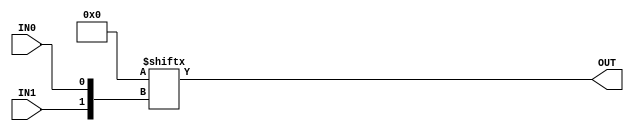
`timescale 1ns/1ps

module GP_2LUT(input IN0, IN1, output OUT);
	parameter [3:0] INIT = 0;
	assign OUT = INIT[{IN1, IN0}];
endmodule

module GP_3LUT(input IN0, IN1, IN2, output OUT);
	parameter [7:0] INIT = 0;
	assign OUT = INIT[{IN2, IN1, IN0}];
endmodule

module GP_4LUT(input IN0, IN1, IN2, IN3, output OUT);
	parameter [15:0] INIT = 0;
	assign OUT = INIT[{IN3, IN2, IN1, IN0}];
endmodule

module GP_ABUF(input wire IN, output wire OUT);
	
	assign OUT = IN;
	
	//cannot simulate mixed signal IP
	
endmodule

module GP_ACMP(input wire PWREN, input wire VIN, input wire VREF, output reg OUT);

	parameter BANDWIDTH = "HIGH";
	parameter VIN_ATTEN = 1;
	parameter VIN_ISRC_EN = 0;
	parameter HYSTERESIS = 0;
	
	initial OUT = 0;
	
	//cannot simulate mixed signal IP

endmodule

module GP_BANDGAP(output reg OK, output reg VOUT);
	parameter AUTO_PWRDN = 1;
	parameter CHOPPER_EN = 1;
	parameter OUT_DELAY = 100;
	
	//cannot simulate mixed signal IP
	
endmodule

module GP_COUNT8(input CLK, input wire RST, output reg OUT);

	parameter RESET_MODE 	= "RISING";	
	
	parameter COUNT_TO		= 8'h1;
	parameter CLKIN_DIVIDE	= 1;
	
	//more complex hard IP blocks are not supported for simulation yet
	
	reg[7:0] count = COUNT_TO;
	
	//Combinatorially output whenever we wrap low
	always @(*) begin
		OUT <= (count == 8'h0);
	end
	
	//POR or SYSRST reset value is COUNT_TO. Datasheet is unclear but conversations w/ Silego confirm.
	//Runtime reset value is clearly 0 except in count/FSM cells where it's configurable but we leave at 0 for now.
	//Datasheet seems to indicate that reset is asynchronous, but for now we model as sync due to Yosys issues...
	always @(posedge CLK) begin
		
		count		<= count - 1'd1;
		
		if(count == 0)
			count	<= COUNT_TO;
			
		/*
		if((RESET_MODE == "RISING") && RST)
			count	<= 0;
		if((RESET_MODE == "FALLING") && !RST)
			count	<= 0;
		if((RESET_MODE == "BOTH") && RST)
			count	<= 0;
		*/			
	end

endmodule

module GP_COUNT14(input CLK, input wire RST, output reg OUT);

	parameter RESET_MODE 	= "RISING";	
	
	parameter COUNT_TO		= 14'h1;
	parameter CLKIN_DIVIDE	= 1;
	
	//more complex hard IP blocks are not supported for simulation yet

endmodule

module GP_DELAY(input IN, output reg OUT);
	
	parameter DELAY_STEPS = 1;
	
	//TODO: additional delay/glitch filter mode
	
	initial OUT = 0;
	
	generate
		
		//TODO: These delays are PTV dependent! For now, hard code 3v3 timing
		//Change simulation-mode delay depending on global Vdd range (how to specify this?)
		always @(*) begin
			case(DELAY_STEPS)
				1: #166 OUT = IN;
				2: #318 OUT = IN;
				2: #471 OUT = IN;
				3: #622 OUT = IN;
				default: begin
					$display("ERROR: GP_DELAY must have DELAY_STEPS in range [1,4]");
					$finish;
				end
			endcase
		end
		
	endgenerate
	
endmodule

module GP_DFF(input D, CLK, output reg Q);
	parameter [0:0] INIT = 1'bx;
	initial Q = INIT;
	always @(posedge CLK) begin
		Q <= D;
	end
endmodule

module GP_DFFR(input D, CLK, nRST, output reg Q);
	parameter [0:0] INIT = 1'bx;
	initial Q = INIT;
	always @(posedge CLK, negedge nRST) begin
		if (!nRST)
			Q <= 1'b0;
		else
			Q <= D;
	end
endmodule

module GP_DFFS(input D, CLK, nSET, output reg Q);
	parameter [0:0] INIT = 1'bx;
	initial Q = INIT;
	always @(posedge CLK, negedge nSET) begin
		if (!nSET)
			Q <= 1'b1;
		else
			Q <= D;
	end
endmodule

module GP_DFFSR(input D, CLK, nSR, output reg Q);
	parameter [0:0] INIT = 1'bx;
	parameter [0:0] SRMODE = 1'bx;
	initial Q = INIT;
	always @(posedge CLK, negedge nSR) begin
		if (!nSR)
			Q <= SRMODE;
		else
			Q <= D;
	end
endmodule

module GP_IBUF(input IN, output OUT);
	assign OUT = IN;
endmodule

module GP_IOBUF(input IN, input OE, output OUT, inout IO);
	assign OUT = IO;
	assign IO = OE ? IN : 1'bz;
endmodule

module GP_INV(input IN, output OUT);
	assign OUT = ~IN;
endmodule

module GP_LFOSC(input PWRDN, output reg CLKOUT);
	
	parameter PWRDN_EN = 0;
	parameter AUTO_PWRDN = 0;
	parameter OUT_DIV = 1;
	
	initial CLKOUT = 0;
	
	//auto powerdown not implemented for simulation
	//output dividers not implemented for simulation
	
	always begin
		if(PWRDN)
			CLKOUT = 0;
		else begin
			//half period of 1730 Hz
			#289017;
			CLKOUT = ~CLKOUT;
		end
	end
	
endmodule

module GP_OBUF(input IN, output OUT);
	assign OUT = IN;
endmodule

module GP_OBUFT(input IN, input OE, output OUT);
	assign OUT = OE ? IN : 1'bz;
endmodule

module GP_PGA(input wire VIN_P, input wire VIN_N, input wire VIN_SEL, output reg VOUT);

	parameter GAIN = 1;
	parameter INPUT_MODE = "SINGLE";

	initial VOUT = 0;

	//cannot simulate mixed signal IP

endmodule

module GP_POR(output reg RST_DONE);
	parameter POR_TIME = 500;
	
	initial begin
		RST_DONE = 0;
		
		if(POR_TIME == 4)
			#4000;
		else if(POR_TIME == 500)
			#500000;
		else begin
			$display("ERROR: bad POR_TIME for GP_POR cell");
			$finish;
		end
		
		RST_DONE = 1;
		
	end
	
endmodule

module GP_RCOSC(input PWRDN, output reg CLKOUT_PREDIV, output reg CLKOUT_FABRIC);
	
	parameter PWRDN_EN = 0;
	parameter AUTO_PWRDN = 0;
	parameter PRE_DIV = 1;
	parameter FABRIC_DIV = 1;
	parameter OSC_FREQ = "25k";
	
	initial CLKOUT_PREDIV = 0;
	initial CLKOUT_FABRIC = 0;
	
	//output dividers not implemented for simulation
	//auto powerdown not implemented for simulation
	
	always begin
		if(PWRDN) begin
			CLKOUT_PREDIV = 0;
			CLKOUT_FABRIC = 0;
		end
		else begin
		
			if(OSC_FREQ == "25k") begin
				//half period of 25 kHz
				#20000;
			end
			
			else begin
				//half period of 2 MHz
				#250;
			end
			
			CLKOUT_PREDIV = ~CLKOUT_PREDIV;
			CLKOUT_FABRIC = ~CLKOUT_FABRIC;
		end
	end
	
endmodule

module GP_RINGOSC(input PWRDN, output reg CLKOUT_PREDIV, output reg CLKOUT_FABRIC);
	
	parameter PWRDN_EN = 0;
	parameter AUTO_PWRDN = 0;
	parameter PRE_DIV = 1;
	parameter FABRIC_DIV = 1;
	
	initial CLKOUT_PREDIV = 0;
	initial CLKOUT_FABRIC = 0;
	
	//output dividers not implemented for simulation
	//auto powerdown not implemented for simulation
	
	always begin
		if(PWRDN) begin
			CLKOUT_PREDIV = 0;
			CLKOUT_FABRIC = 0;
		end
		else begin
			//half period of 27 MHz
			#18.518;
			CLKOUT_PREDIV = ~CLKOUT_PREDIV;
			CLKOUT_FABRIC = ~CLKOUT_FABRIC;
		end
	end
	
endmodule

module GP_SHREG(input nRST, input CLK, input IN, output OUTA, output OUTB);

	parameter OUTA_TAP = 1;
	parameter OUTA_INVERT = 0;
	parameter OUTB_TAP = 1;
	
	reg[15:0] shreg = 0;
	
	always @(posedge CLK, negedge nRST) begin
		
		if(!nRST)
			shreg = 0;
		
		else
			shreg <= {shreg[14:0], IN};
		
	end
	
	assign OUTA = (OUTA_INVERT) ? ~shreg[OUTA_TAP - 1] : shreg[OUTA_TAP - 1];
	assign OUTB = shreg[OUTB_TAP - 1];

endmodule

//keep constraint needed to prevent optimization since we have no outputs
(* keep *)
module GP_SYSRESET(input RST);
	parameter RESET_MODE = "RISING";
	
	//cannot simulate whole system reset
	
endmodule

module GP_VDD(output OUT);
       assign OUT = 1;
endmodule

module GP_VREF(input VIN, output reg VOUT);
	parameter VIN_DIV = 1;
	parameter VREF = 0;
	//cannot simulate mixed signal IP
endmodule

module GP_VSS(output OUT);
       assign OUT = 0;
endmodule